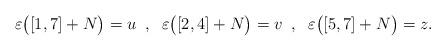
LaTeX: \begin{align*} \varepsilon \big( [ 1,7 ] + N \big) = u \;\;,\;\; \varepsilon \big( [ 2,4 ] + N \big) = v \;\;,\;\; \varepsilon \big( [ 5,7 ] + N \big) = z. \end{align*}